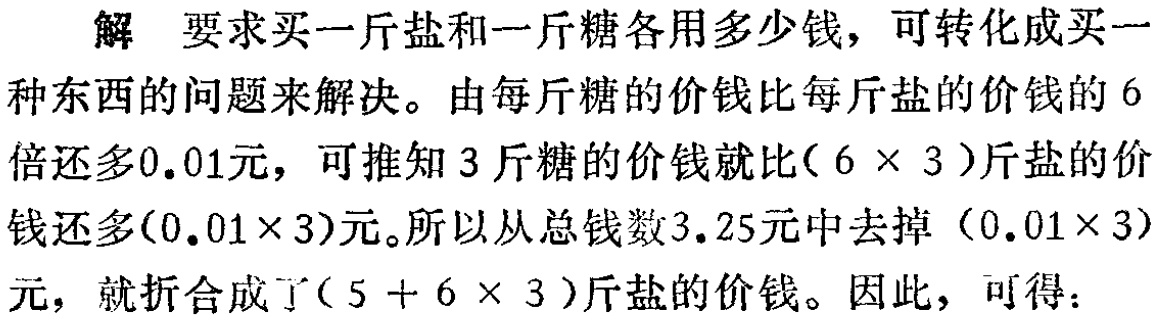
解 要求买一斤盐和一斤糖各用多少钱，可转化成买一种东西的问题来解决。由每斤糖的价钱比每斤盐的价钱的$6$倍还多$0.01$元，可推知$3$斤糖的价钱就比$(6\times 3)$斤盐的价钱还多$(0.01\times 3)$元。所以从总钱数$3.25$元中去掉$(0.01\times 3)$元，就折合成了$(5 + 6\times 3)$斤盐的价钱。因此，可得：